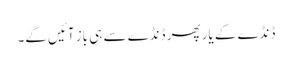
ڈنڈے کے یار پھر ڈنڈے سے ہی باز آئیں گے۔